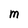
Character: M